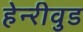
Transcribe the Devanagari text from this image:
हेन्‍रीवुड